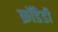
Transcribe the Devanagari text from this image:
क्रॉडैडी